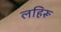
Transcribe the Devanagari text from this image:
लहिरू